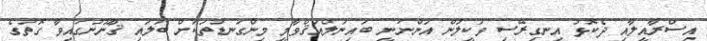
އިސްރާއީލާއި ދެކޮޅު އިނގިރޭސި ވަކީލުން އަންނަނީ ބައިނަލްއަޤްވާމީ މިންގަނޑުތަކަށް ބަލައި ޤާނޫނުގައިވާ ގޮތުގެ